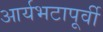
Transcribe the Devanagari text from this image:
आर्यभटापूर्वी